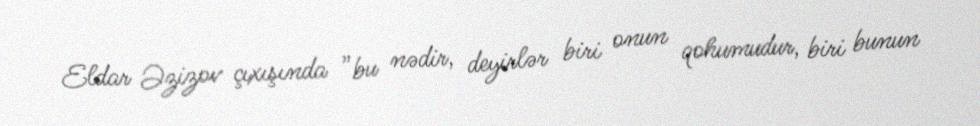
Eldar Əzizov çıxışında ”bu nədir, deyirlər biri onun qohumudur, biri bunun